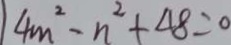
4 m ^ { 2 } - n ^ { 2 } + 4 8 = 0